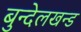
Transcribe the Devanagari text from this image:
बुन्देलखन्ड